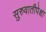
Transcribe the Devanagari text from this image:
सुरुवातीपेक्षा